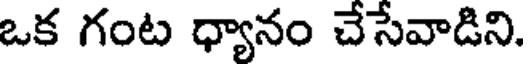
ఒక గంట ధ్యానం చేసేవాడిని.